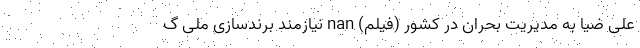
علی ضیا به مدیریت بحران در کشور (فیلم) nan نیازمند برندسازی ملی گ